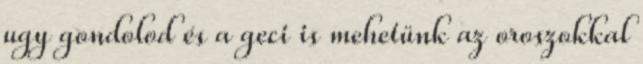
ugy gondolod és a geci is mehetünk az oroszokkal